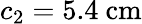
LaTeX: c_{2}=5.4~\mathrm{cm}